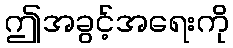
ဤအခွင့်အရေးကို